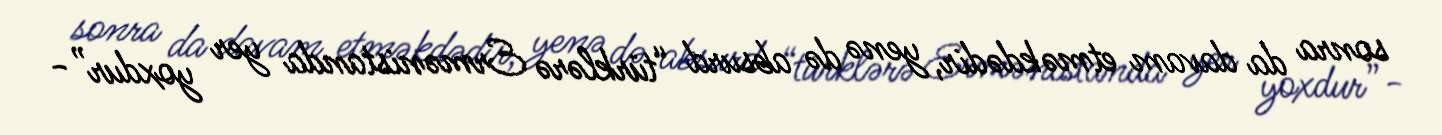
sonra da davam etməkdədir, yenə də absurd “türklərə Ermənistanda yer yoxdur”-